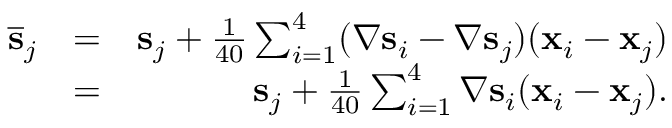
\begin{array} { r l r } { \overline { { \bf s } } _ { j } } & { = } & { { \bf s } _ { j } + \frac { 1 } { 4 0 } \sum _ { i = 1 } ^ { 4 } ( \nabla { \bf s } _ { i } - \nabla { \bf s } _ { j } ) ( { \bf x } _ { i } - { \bf x } _ { j } ) } \\ & { = } & { { \bf s } _ { j } + \frac { 1 } { 4 0 } \sum _ { i = 1 } ^ { 4 } \nabla { \bf s } _ { i } ( { \bf x } _ { i } - { \bf x } _ { j } ) . } \end{array}